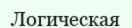
Логическая